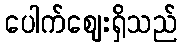
ပေါက်ဈေးရှိသည်